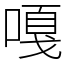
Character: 嘎